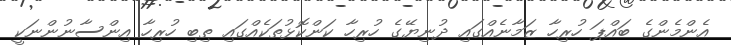
އެންމެންގެ ބައްޕަ ހުރިހާ ޒަމާނެއްގައި ދުނިޔޭގެ ހުރިހާ ކަންކޮޅުތަކެއްގައި ތިބި ހުރިހާ އިންސާނުންނަކީ